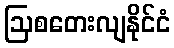
ဩစတေးလျနိုင်ငံ